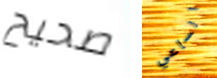
صحيح الساعي